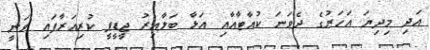
އަދި މިދިޔަ އަހަރުގެ ދެވަނަ ކުއާޓާއާއި އަޅާ ބަލާއިރު ޖީޑީޕީ ކުރިއަރާފައި ވަނީ